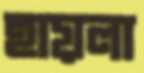
হায়লা